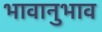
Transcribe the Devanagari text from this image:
भावानुभाव